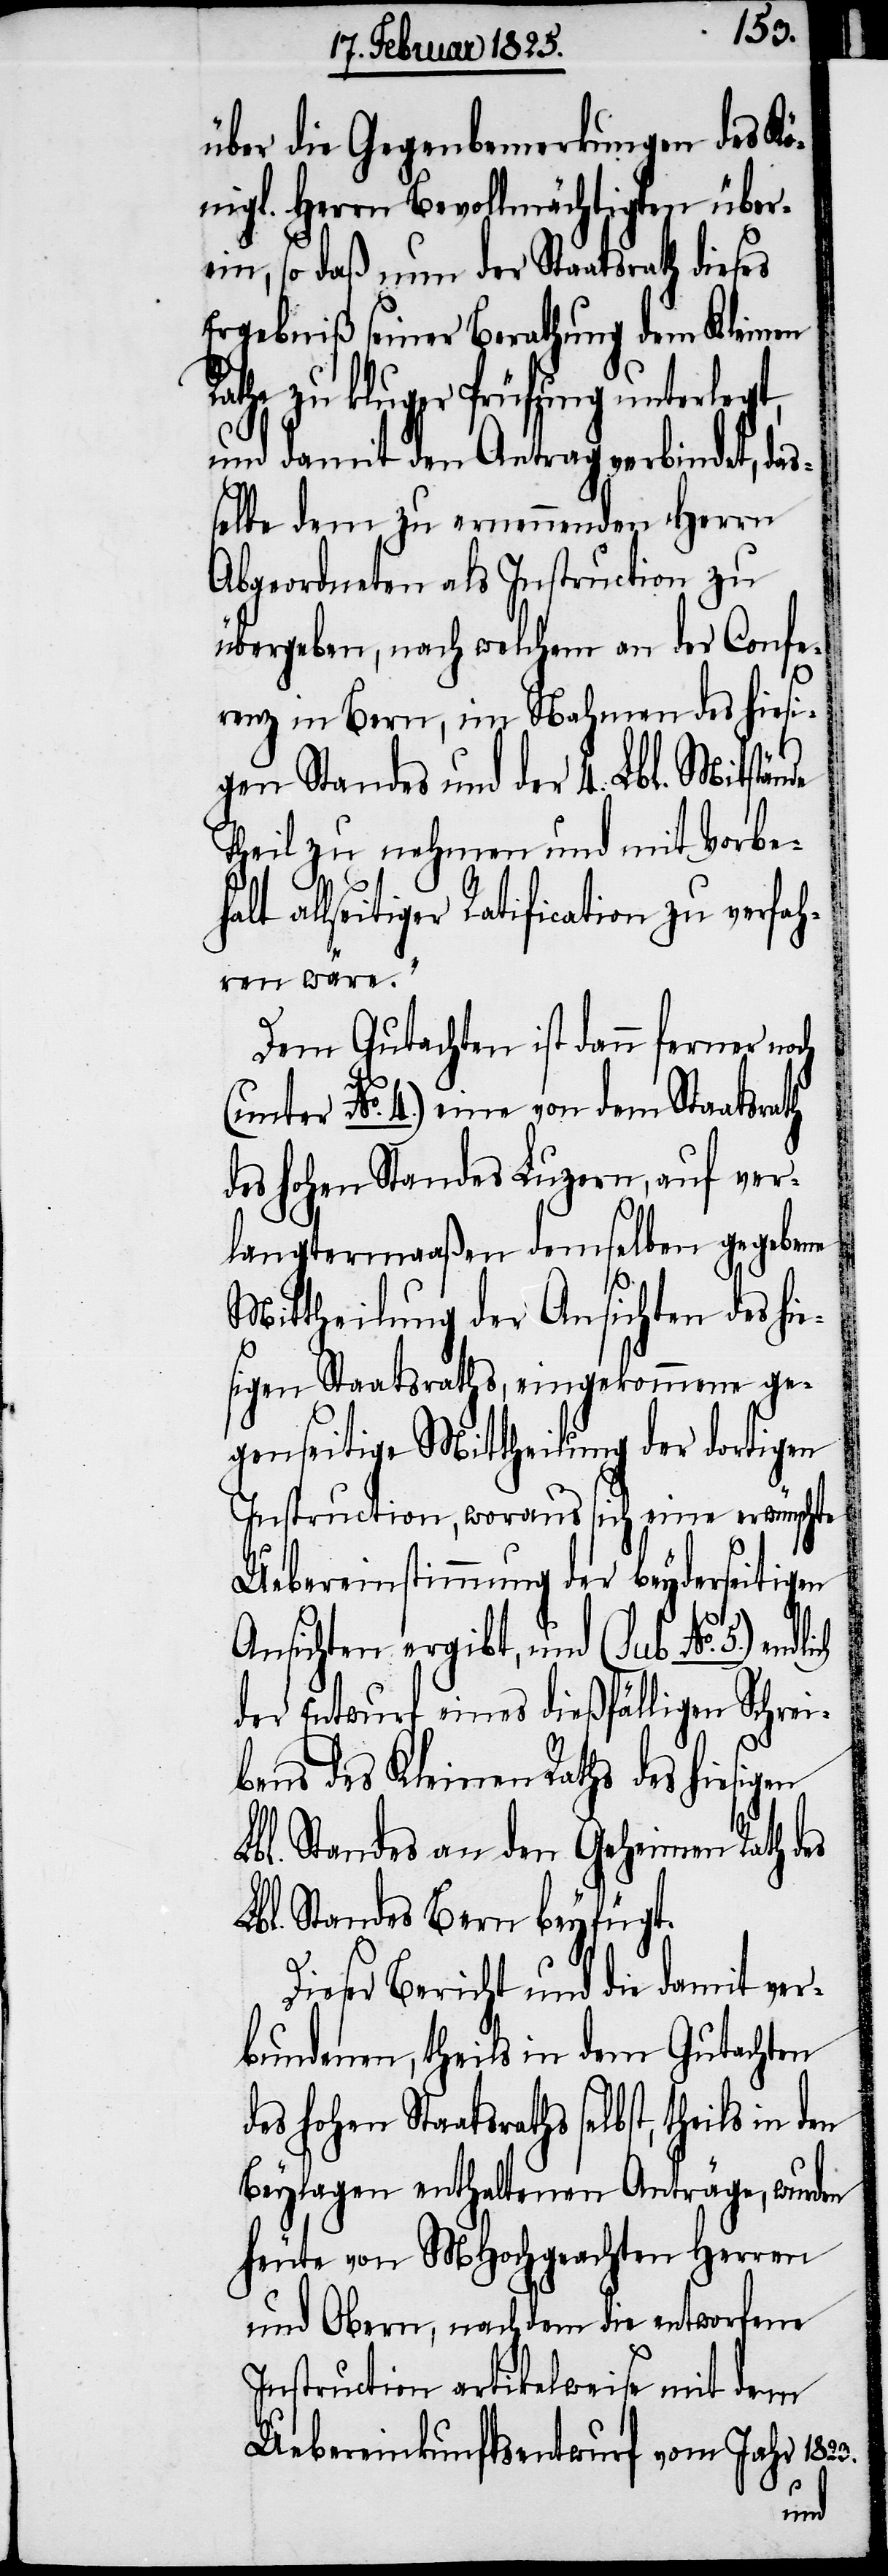
über die Gegenbemerkungen des Kö¬
nigl. Herrn Bevollmächtigten über¬
ein, so daß nun der Staatsrath dieses
Ergebniß seiner Berathung dem Kleinen
Rathe zu kluger Prüfung unterlegt,
und damit den Antrag verbindet, das¬
selbe dem zu ernennenden Herrn
Abgeordneten als Instruction zu
übergeben, nach welchem an der Confe¬
renz in Bern, im Nahmen des hiesi¬
gen Standes und der 4. Lbl. Mitstände
Theil zu nehmen und mit Vorbe¬
allseitiger Ratification zu verfah¬
ren wäre.“
Dem Gutachten ist dann ferner noch
(unter No. 4.) eine von dem Staatsrath
des hohen Standes Luzern, auf ver¬
langtermaaßen demselben gegebene
Mittheilung der Ansichten des hie¬
sigen Staatsraths, eingekommene ge¬
genseitige Mittheilung der dortigen
Instruction, woraus sich eine erwünschte
Uebereinstimmung der beyderseitigen
Ansichten ergibt, und (sub No. 5.) end¬
der Entwurf eines dießfälligen Schrei¬
bens des Kleinen Raths des hiesigen
bl. Standes an den Geheimen Rath des
Lbl. Standes Bern beyfügt.
Dieser Bericht und die damit ver¬
bundenen, theils in dem Gutachten
des hohen Staatsraths selbst, theils in
Beylagen enthaltenen Anträge, wurden
heute von MHochgeachten Herren
und Obern, nachdem die entworfene
Instruction artikelweise mit dem
Uebereinkunftsentwurf vom Jahr 1823.
den